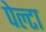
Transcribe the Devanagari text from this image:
पेल्टा